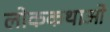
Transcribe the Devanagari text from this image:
लोककथाओ